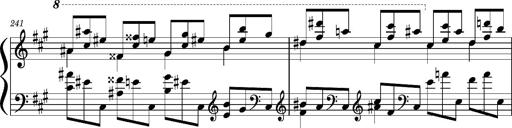
Title: Concerto sans orchestre, S.524a
Composer: Franz Liszt
Key: A major